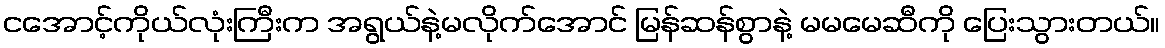
ငအောင့်ကိုယ်လုံးကြီးက အရွယ်နဲ့မလိုက်အောင် မြန်ဆန်စွာနဲ့ မမမေဆီကို ပြေးသွားတယ်။